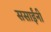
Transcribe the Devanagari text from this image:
ससाईंनी